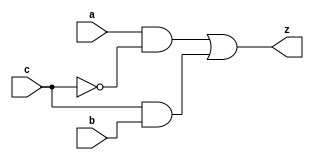


module yMux1(z, a, b, c);
output z;
input a, b, c;
wire notC, upper, lower;

not my_not(notC, c);
and upperAnd(upper, a, notC);
and lowerAnd(lower, c, b);
or my_or(z, upper, lower);

endmodule 

module yMux2(z, a, b, c);
    parameter SIZE = 2;
    output [SIZE-1:0] z;
    input [SIZE-1:0] a, b;
    input c;

    yMux1 min[SIZE-1:0](z, a, b, c);

endmodule

module yMux4to1(z, a0,a1,a2,a3, c);

    parameter SIZE = 2;
    output [SIZE-1:0] z;
    input [SIZE-1:0] a0, a1, a2, a3;
    input [1:0] c;
    wire [SIZE-1:0] zLo, zHi;

    yMux2 #(SIZE) lo(zLo, a0, a1, c[0]);
    yMux2 #(SIZE) hi(zHi, a2, a3, c[0]);
    yMux2 #(SIZE) final(z, zLo, zHi, c[1]);

endmodule

module labL;
parameter SIZE = 4;
reg [SIZE-1:0]a, b, x, y, expZ;
reg [1:0] c;
wire [SIZE-1:0]z;
integer i, j, k;

yMux4to1 #(SIZE) mux2(z, a, b, x, y, c);

initial
    repeat(500)
    begin
        a = $random; b = $random; c = $random; x = $random; y = $random;
        expZ = (a&~c)+(b&c);
        #1 if(!(expZ === z))
            $display("FAIL time=%2d a=%2b b=%2b c=%b z=%2b expZ=%2b", $time, a, b, c, z, expZ);
    end
endmodule